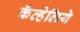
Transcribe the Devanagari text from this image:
कॅव्हेलिये